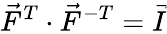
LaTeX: \vec{F}^{T}\cdot\vec{F}^{-T}=\vec{I}